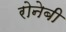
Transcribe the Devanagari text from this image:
रोनेबी